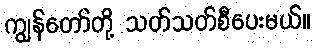
ကျွန်တော်တို့ သတ်သတ်စီပေးမယ်။